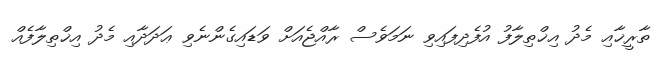
ތާރީޚާއި މެދު އިޚްތިލާފު އުފެދިފައިވި ނަމަވެސް ރާއްޖެއަށް ވަޑައިގެންނެވި ޢަދަދާއި މެދު އިޚްތިލާފެއް